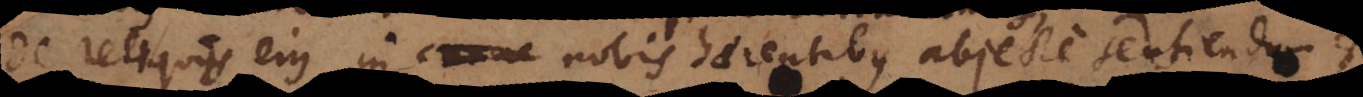
de reliquis ejus in nobis haerentibus abjecte sentiendum